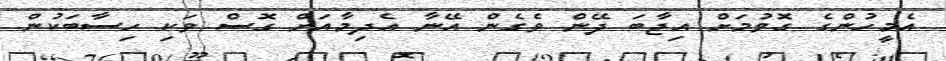
އެމީހުންގެ ގޮވުމަށް އިޖާބަ ދޭން ވެގެން އޭނާ އެދިމާއަށް ގޮސް ވަކި ހިސާބަކުން